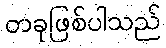
တခုဖြစ်ပါသည်